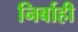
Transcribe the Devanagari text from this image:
निर्बाही